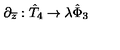
\partial _ { \overline { { z } } } : \hat { T } _ { 4 } \rightarrow \lambda \hat { \Phi } _ { 3 }